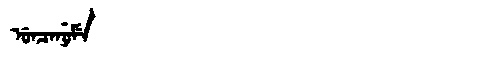
Manchu: ᡠᠨᠴᠠᠨᡠᠮᡝ
Romanization: UNCANUME